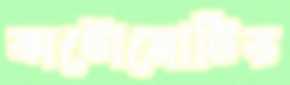
অটোমোটিভ